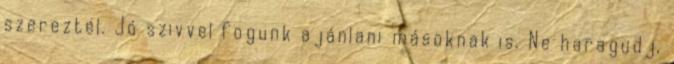
szereztél. Jó szivvel fogunk ajánlani másoknak is. Ne haragudj,